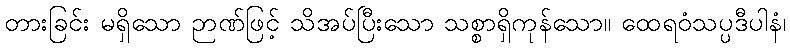
တားခြင်း မရှိသော ဉာဏ်ဖြင့် သိအပ်ပြီးသော သစ္စာရှိကုန်သော။ ထေရဝံသပ္ပဒီပါနံ၊